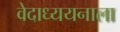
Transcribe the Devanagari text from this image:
वेदाध्ययनाला